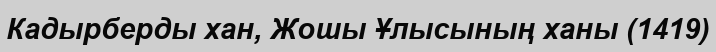
Кадырберды хан, Жошы Ұлысының ханы (1419)